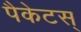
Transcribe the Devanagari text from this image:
पैकेटस्